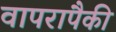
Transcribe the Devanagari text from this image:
वापरापैकी